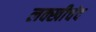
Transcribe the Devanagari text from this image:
लक्खीचंद